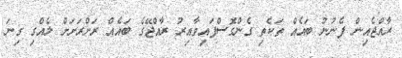
ރާއްޖެއިން ފެނުނު ބައެއް ތަކެތި ގެންގޮސްފައިވާއިރު ރާއްޖޭގެ ބައެއް ރަށްރަށަށް ލެއްގި ގިނަ